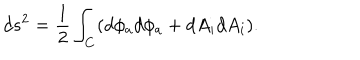
d s ^ { 2 } = { \frac { 1 } { 2 } } \int _ { \bf C } ( d \phi _ { a } d \phi _ { a } + d A _ { i } d A _ { i } ) .